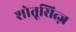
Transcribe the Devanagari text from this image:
शोतूसित्ज़